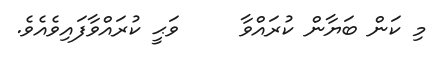
މި ކަން ބަޔާން ކުރައްވާ     ވަޙީ ކުރައްވާފައިވެއެވެ.